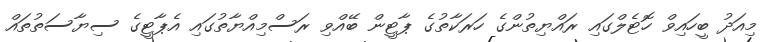
މިއަދު ބީހައިވް ހޮޓެލްގައި ރައްޔިތުންގެ ހަރަކާތުގެ ޕާޓީން ބޭއްވި ރަސްމިއްޔާތުގައި އެޕާޓީގެ ސިޔާސަތުތައް